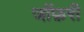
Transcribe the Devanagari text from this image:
जॉफ़री